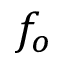
f _ { o }